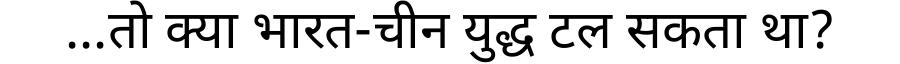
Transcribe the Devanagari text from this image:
...तो क्या भारत-चीन युद्ध टल सकता था?